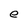
Character: e